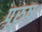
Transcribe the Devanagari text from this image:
पूरुष